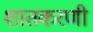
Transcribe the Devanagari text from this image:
शातकरणी